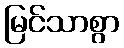
မြင်သာစွာ